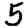
Digit: 5